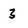
Character: 3